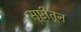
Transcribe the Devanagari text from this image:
सृष्टीतून